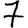
Digit: 7